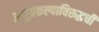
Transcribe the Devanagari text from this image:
अणुप्रकल्पाविरूद्धची